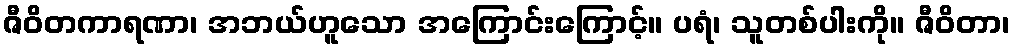
ဇီဝိတကာရဏာ၊ အဘယ်ဟူသော အကြောင်းကြောင့်။ ပရံ၊ သူတစ်ပါးကို။ ဇီဝိတာ၊